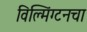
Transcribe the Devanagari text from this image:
विल्मिंग्टनचा